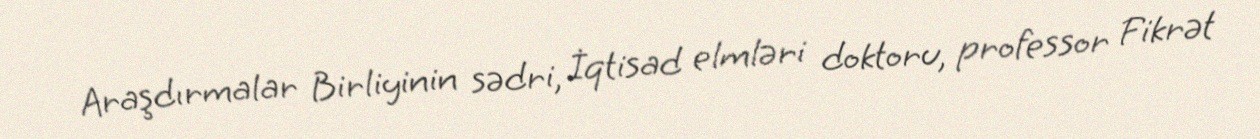
Araşdırmalar Birliyinin sədri, İqtisad elmləri doktoru, professor Fikrət